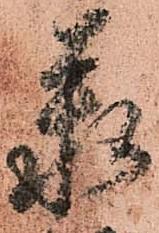
承